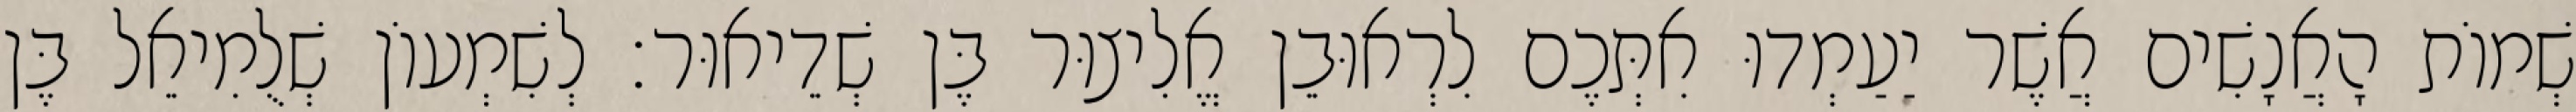
שְׁמוֹת הָאֲנָשִׁים אֲשֶׁר יַעַמְדוּ אִתְּכֶם לִרְאוּבֵן אֱלִיצוּר בֶּן שְׁדֵיאוּר׃ לְשִׁמְעוֹן שְׁלֻמִיאֵל בֶּן